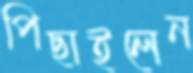
পিছাইলেন